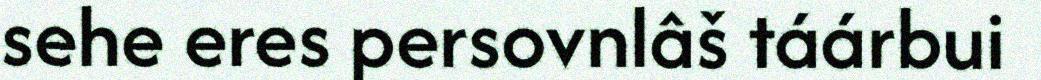
sehe eres persovnlâš táárbui